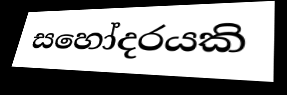
සහෝදරයකි